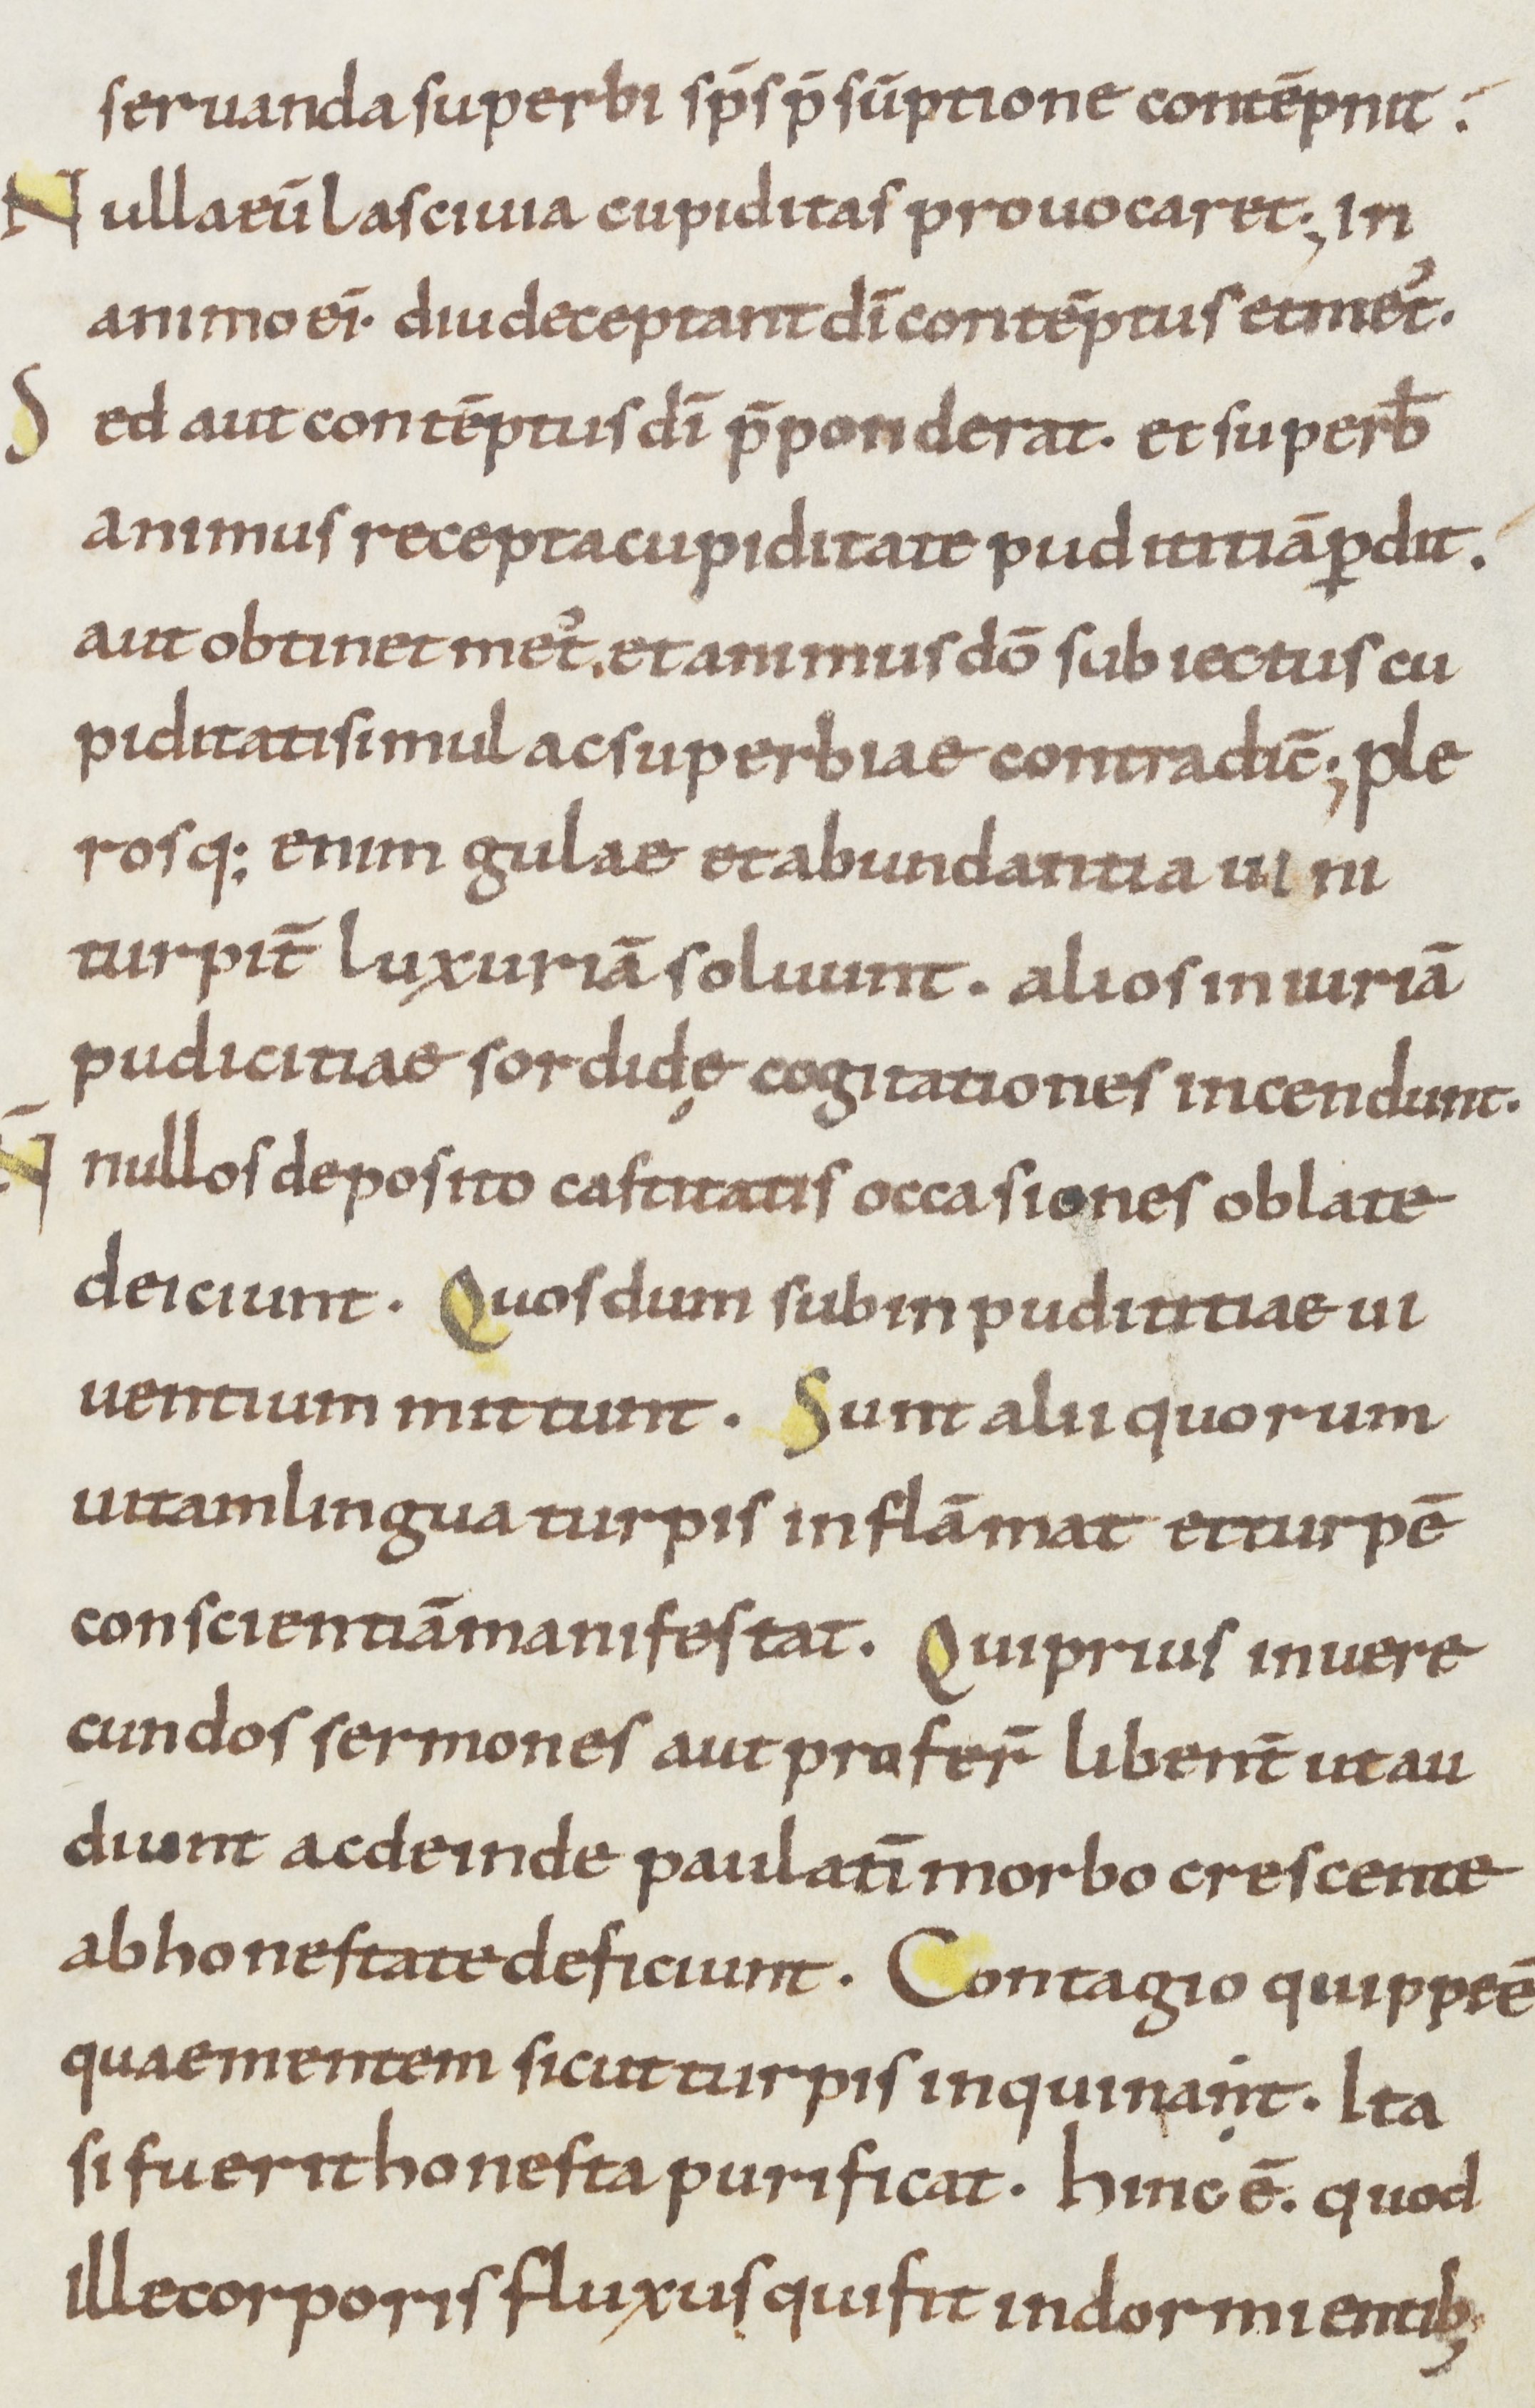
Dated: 900–999